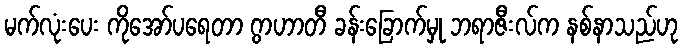
မက်လုံးပေး ကိုအော်ပရေတာ ဂွာဟာတီ ခန်းခြောက်မှု ဘရာဇီးလ်က နစ်နာသည်ဟု